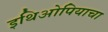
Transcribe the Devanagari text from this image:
इथिओपियाचा